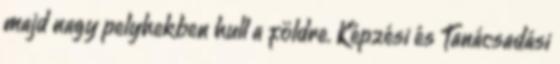
majd nagy pelyhekben hull a földre. Képzési és Tanácsadási